Vital statistics of India. Vol. IV, Annual returns from 1871 to 1876. British Army of India, Native Army and jails of Bengal
Year: 1871
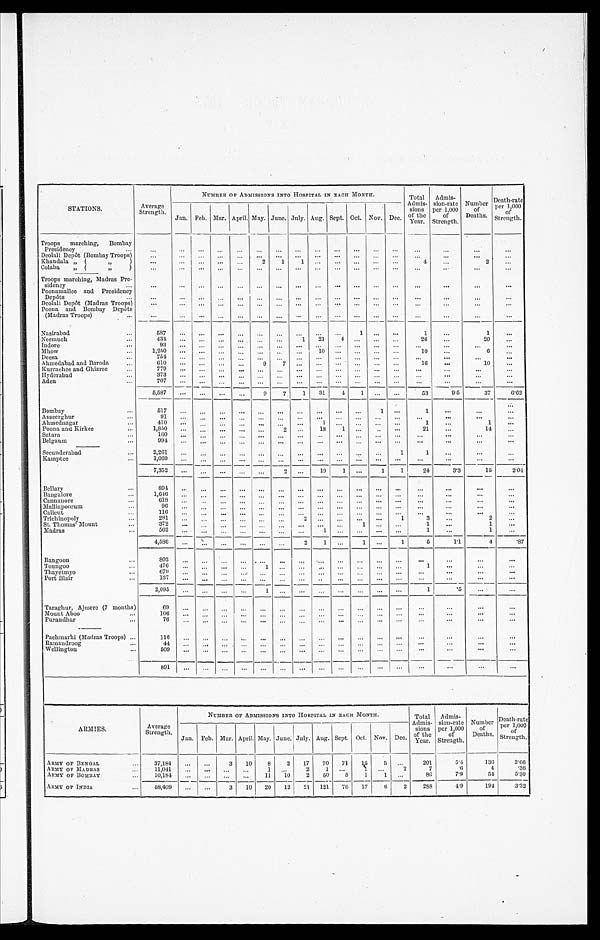
STATIONS.
Average
Strength.
NUMBER OF ADMISSIONS INTO HOSPITAL IN EACH MONTH.
Total
Admis- sions
of the
Year .
Admis-
sion-rate
per 1,000 of
Strength.
Number of
Deaths.
Death-rate per 1,000 of
S t r e n g t h .
Jan.
F e b .
Mar. A p r i l .
May. June. July. Aug. Sept. Oct. Nov. Dec.
Troops marching, Bombay
Presidency
Deolali Depôt (Bombay Troops)
Khandala „ ( „ )
2 1 1
4
2
Colaba „ ( „ )
Troops marching, Madras Pre-
sidency
Poonamallee and Presidency
Depôts
Deolali Depôt (Madras Troops)
Poona and Bombay Depôts
(Madras Troops)
Nasirabad
587
1
1
1
Neemuch
434
1 21 4
26
20
Indore
93
Mhow
1,250
10
10
6
Deesa
754
Ahmedabad and Baroda
6 1 0
9 7
16
10
Kurrachee and Ghizree
7 7 9
Hyderabad
373
Aden
707
5 , 5 8 7
9 7 1 31 4 1
53
9.5
37
6.62
Bombay
517
1
1
Asseerghur
91
Ahmednagar
410
1
1
1
Poona and Kirkee
1 , 8 5 0
2
18 1
21
14
Satara
160
Belgaum
994
Secunderabad
2 , 2 6 1
1
1
Kamptee
1,069
7,352
2
19 1
1 1 24
3.3
15
2.04
Bellary
894
Bangalore
1,646
Cannanore
618
Malliapoorum
96
Calicut
116
Trichinopoly
281
2
1
3
2
St. Thomas' Mount
372
1
1
1
Madras
562
1
1
1
4,586
2 1
1
1
5
1.1
4 .87
Rangoon
802
Toungoo
476
1
1
Thayetmyo
6 7 9
Port Blair
1 3 7
2, 095
1
1 .5
Taraghur, Ajmere (7 months)
69
Mount Aboo
106
Purandhar
Pachmarhi (Madras Troops)
76
116
Ramandroog
4 4
Wellington
509
891
ARMIES.
Average
Strength.
NUMBER OF ADMISSIONS INTO HOSPITAL IN EACH MONTH.
Total
Admis- sions
of the
Year.
Admis-
sion-rate
per 1,000 of
Strength.
Number of
Deaths.
Death-rate p e r l , 0 0 0
o f S t r e n g t h .
Jan. Feb. Mar. April. May. June. July. Aug. Sept. Oct. Nov. Dec.
ARMY OF BENGAL
3 7 , 1 8 4
3 10 8 2 17 70 71 15 5
201
5.4
136 3 . 6 6
ARMY OF MADRAS
11, 041
1
2
1
1
2
7
. 6
4
.36
ARMY OF BOMBAY 10,184
11 10 2 50 5 1
1
80
7.9
54 5 . 3 0
ARMY OF INDIA
58,409
3 10 20 12 21 121
7 6 17 6 2 288
4.9
194
3 . 3 2